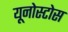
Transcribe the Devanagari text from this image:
यूनोस्टोस